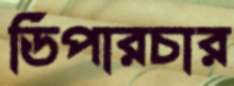
ডিপারচার